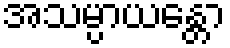
အသမ္ပာယန္တော